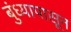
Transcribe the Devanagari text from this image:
बुंध्यापासून